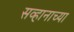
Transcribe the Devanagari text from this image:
सव्हानाच्या